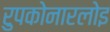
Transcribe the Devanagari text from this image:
रुपकोनारलोइ